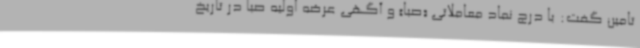
تامین گفت: با درج نماد معاملاتی «صبا» و آگهی عرضه اولیه صبا در تاریخ